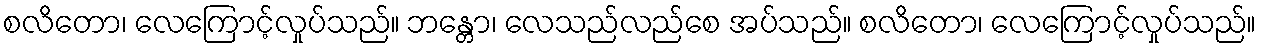
စလိတော၊ လေကြောင့်လှုပ်သည်။ ဘန္တော၊ လေသည်လည်စေ အပ်သည်။ စလိတော၊ လေကြောင့်လှုပ်သည်။